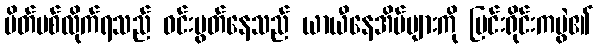
ပိတ်ပစ်လိုက်ရသည် ဝင်းမွတ်နေသည် ယာယီနေအိမ်များကို မြင်းရိုင်းကပွဲ၏